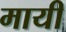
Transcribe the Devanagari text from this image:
मायी